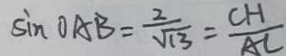
\sin O A B = \frac { 2 } { \sqrt { 1 3 } } = \frac { C H } { A C }